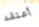
أعتقد